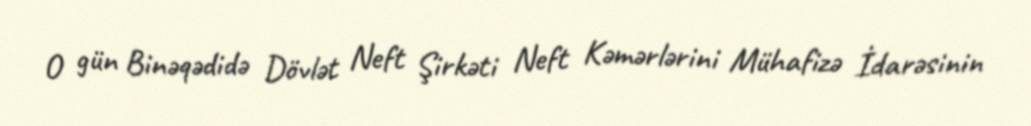
O gün Binəqədidə Dövlət Neft Şirkəti Neft Kəmərlərini Mühafizə İdarəsinin